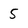
Character: 5